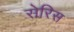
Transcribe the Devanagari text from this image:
सेरिस